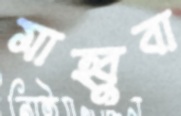
মাহ্বুবা